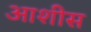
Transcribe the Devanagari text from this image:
आशीस